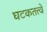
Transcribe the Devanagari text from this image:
घटकतत्त्वे